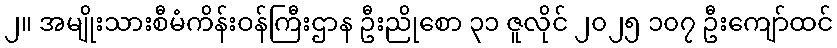
၂။ အမျိုးသားစီမံကိန်းဝန်ကြီးဌာန ဦးညိုစော ၃၁ ဇူလိုင် ၂၀၂၅ ၁၀၇ ဦးကျော်ထင်